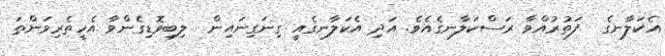
އެކަލާނގެ  ފަތުރުއްވާ ރަސްކަލާނގެއެވެ. އަދި އެކަލާނގެއީ ގިނަގިނައިން  ލިބިވޮޑިގެންވާ އެހީތެރިވަންތަ